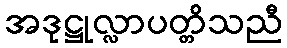
အဒုဋ္ဌုလ္လာပတ္တိသညီ